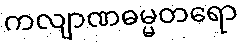
ကလျာဏဓမ္မတရော